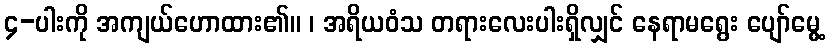
၄-ပါးကို အကျယ်ဟောထား၏။ ၊ အရိယဝံသ တရားလေးပါးရှိလျှင် နေရာမရွေး ပျော်မွေ့